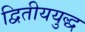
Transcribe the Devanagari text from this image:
द्वितीययुद्ध